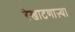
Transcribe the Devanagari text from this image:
रेखाटणाऱ्या